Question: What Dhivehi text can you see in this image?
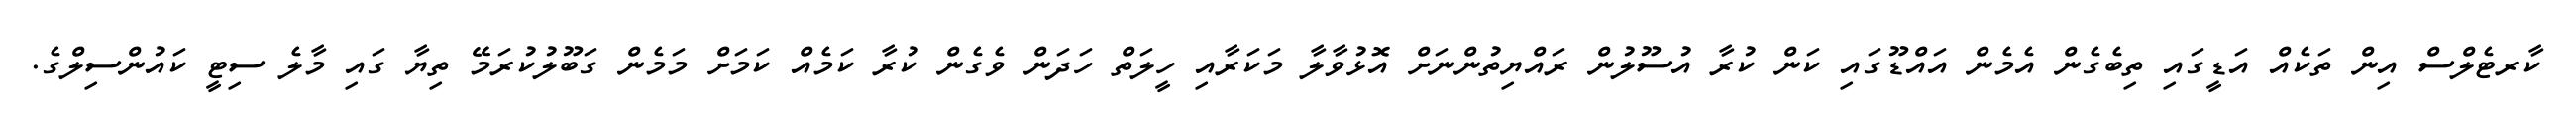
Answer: ކާރޓެލްސް އިން ތަކެއް އަޑީގައި ތިބެގެން އެމެން އައްޑޫގައި ކަން ކުރާ އުސޫލުން ރައްޔިތުންނަށް އޮޅުވާލާ މަކަރާއި ހީލަތް ހަދަން ވެގެން ކުރާ ކަމެއް ކަމަށް މަމެން ގަބޫލުކުރަމޭ ތިޔާ ގައި މާލެ ސިޓީ ކައުންސިލްގެ.